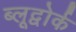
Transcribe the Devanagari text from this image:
ब्लूद्वोर्क